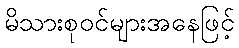
မိသားစုဝင်များအနေဖြင့်